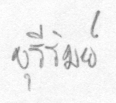
บุรีรัมย์